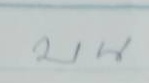
บน